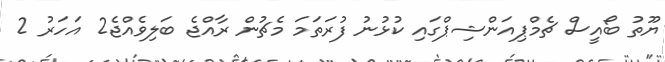
ޔޫތު ބޯއީސް ޗެމްޕިއަންޝިޕްގައި ކުޅުނު ފުރަތަމަ މެޗުން ރާއްޖެ ބަލިވެއްޖެ2 އަހަރު 2